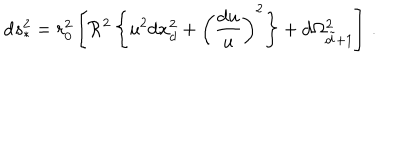
LaTeX: \mathrm { d } s _ { * } ^ { 2 } = r _ { 0 } ^ { 2 } \left[ \mathcal { R } ^ { 2 } \left\{ u ^ { 2 } \mathrm { d } x _ { d } ^ { 2 } + \left( { \frac { \mathrm { d } u } { u } } \right) ^ { 2 } \right\} + \mathrm { d } \Omega _ { \tilde { d } + 1 } ^ { 2 } \right] \, .